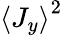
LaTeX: {\langle J_{y}\rangle}^{2}